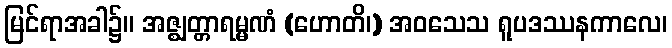
မြင်ရာအခါ၌။ အဇ္ဈတ္တာရမ္မဏံ (ဟောတိ၊) အဝသေသ ရူပဒဿနကာလေ၊